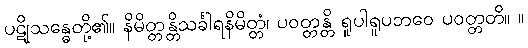
ပဋိုသန္ဓေတို့၏။ နိမိတ္တန္တိသင်္ခါရနိမိတ္တံ၊ ပဝတ္တန္တိ ရူပါရူပဘဝေ ပဝတ္တတိ။ ။